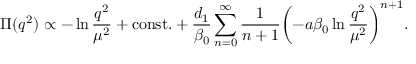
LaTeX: \Pi ( q ^ { 2 } ) \propto - \ln \frac { q ^ { 2 } } { \mu ^ { 2 } } + \mathrm { c o n s t . } + \frac { d _ { 1 } } { \beta _ { 0 } } \sum _ { n = 0 } ^ { \infty } \frac { 1 } { n + 1 } { \left( - a \beta _ { 0 } \ln \frac { q ^ { 2 } } { \mu ^ { 2 } } \right) } ^ { n + 1 } .